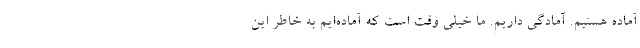
آماده هستیم. آمادگی داریم. ما خیلی وقت است که آماده‌ایم به خاطر این